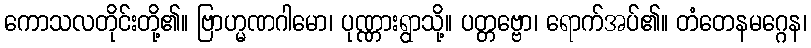
ကောသလတိုင်းတို့၏။ ဗြာဟ္မဏဂါမော၊ ပုဏ္ဏားရွာသို့။ ပတ္တဗ္ဗော၊ ရောက်အပ်၏။ တံတေနမဂ္ဂေန၊